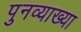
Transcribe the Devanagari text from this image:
पुनव्याख्या